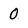
Character: 0